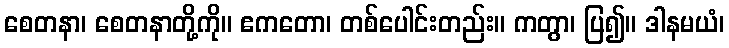
စေတနာ၊ စေတနာတို့ကို။ ဧကတော၊ တစ်ပေါင်းတည်း။ ကတွာ၊ ပြ၍။ ဒါနမယံ၊